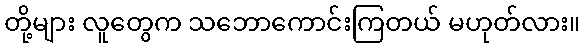
တို့များ လူတွေက သဘောကောင်းကြတယ် မဟုတ်လား။